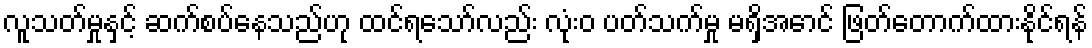
လူသတ်မှုနှင့် ဆက်စပ်နေသည်ဟု ထင်ရသော်လည်း လုံးဝ ပတ်သက်မှု မရှိအောင် ဖြတ်တောက်ထားနိုင်ရန်